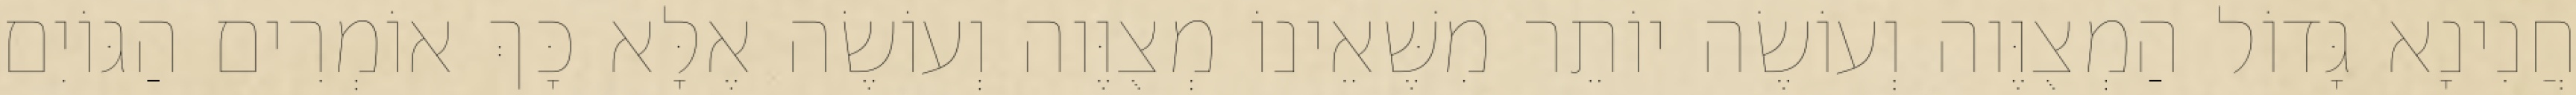
חֲנִינָא גָּדוֹל הַמְצֻוֶּוה וְעוֹשֶׂה יוֹתֵר מִשֶּׁאֵינוֹ מְצֻוֶּוה וְעוֹשֶׂה אֶלָּא כָּךְ אוֹמְרִים הַגּוֹיִם